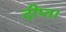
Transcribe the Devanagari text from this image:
दीप्त।